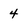
Character: 4